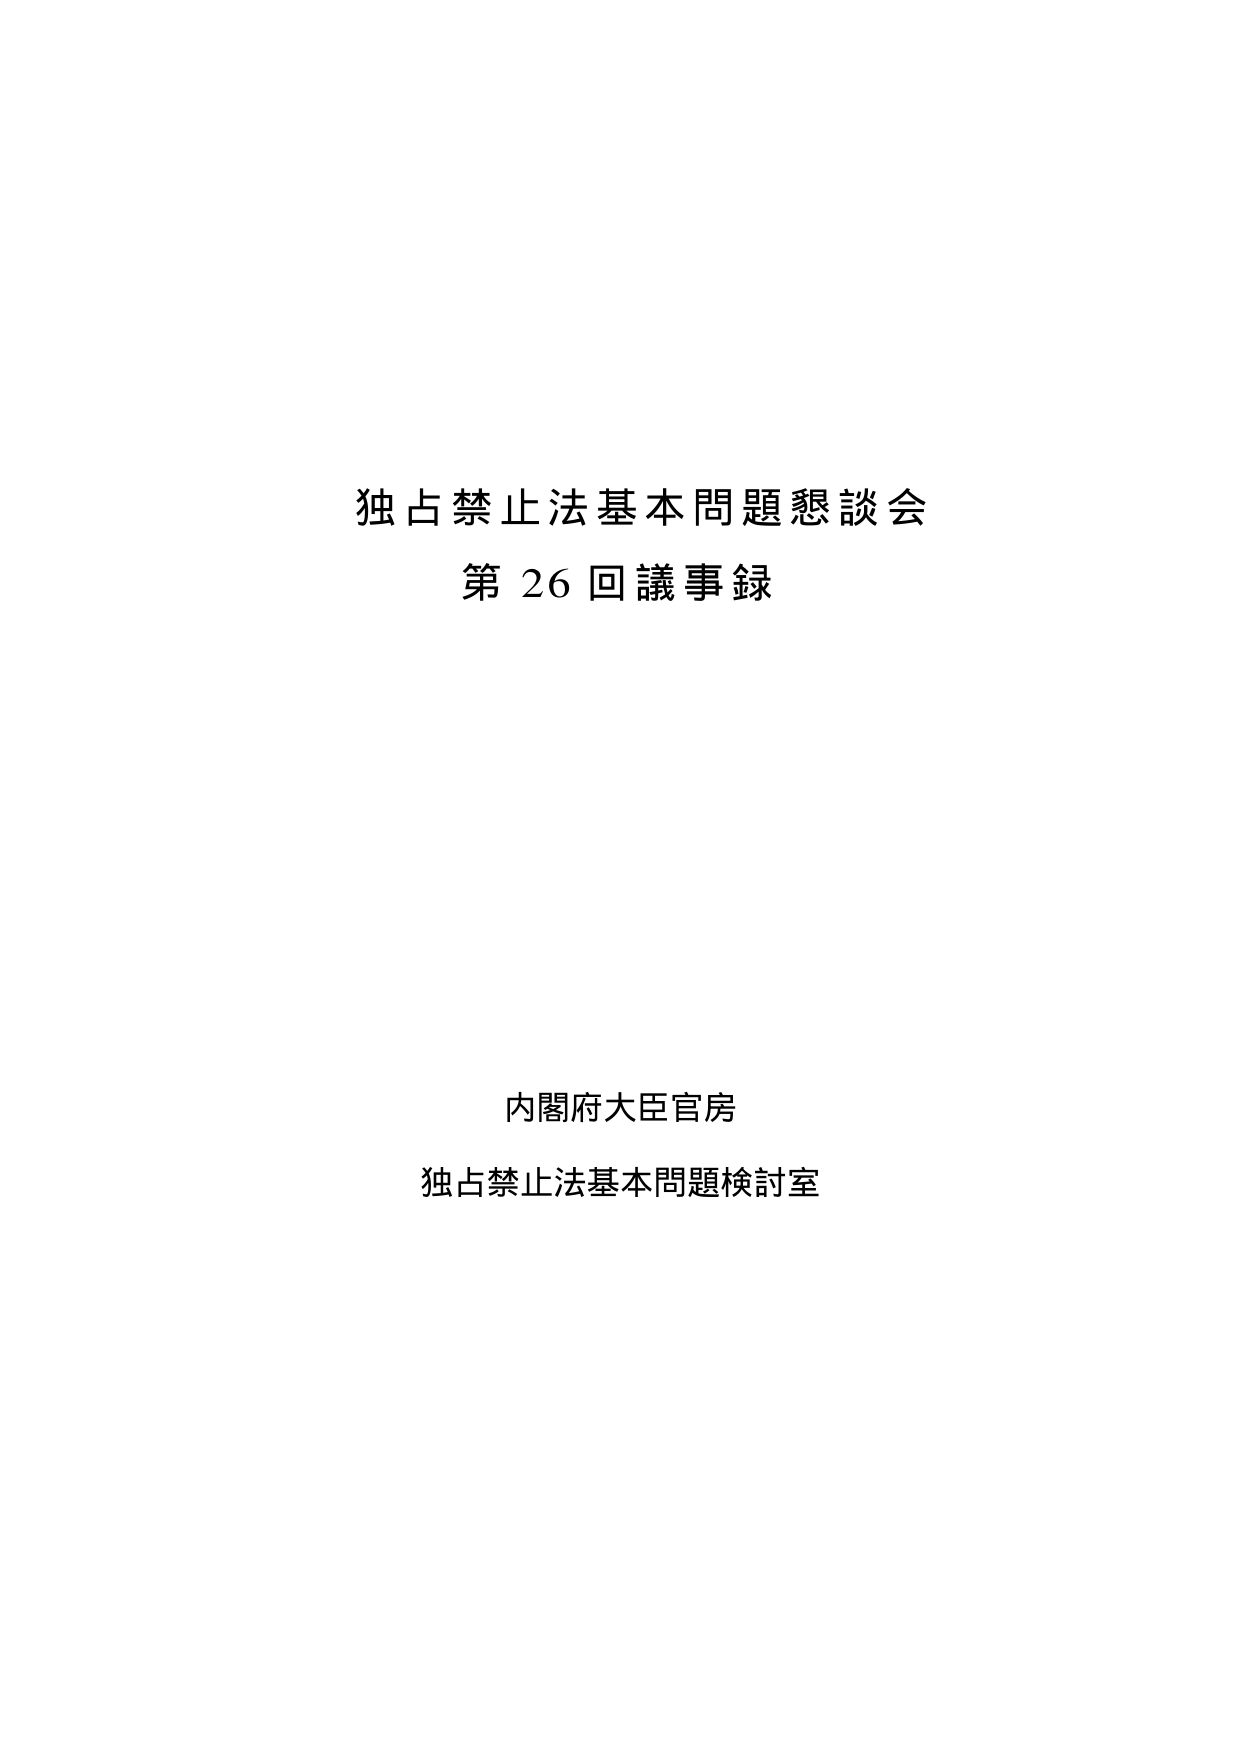
独占禁止法基本問題懇談会
第26回議事録

内閣府大臣官房
独占禁止法基本問題検討室